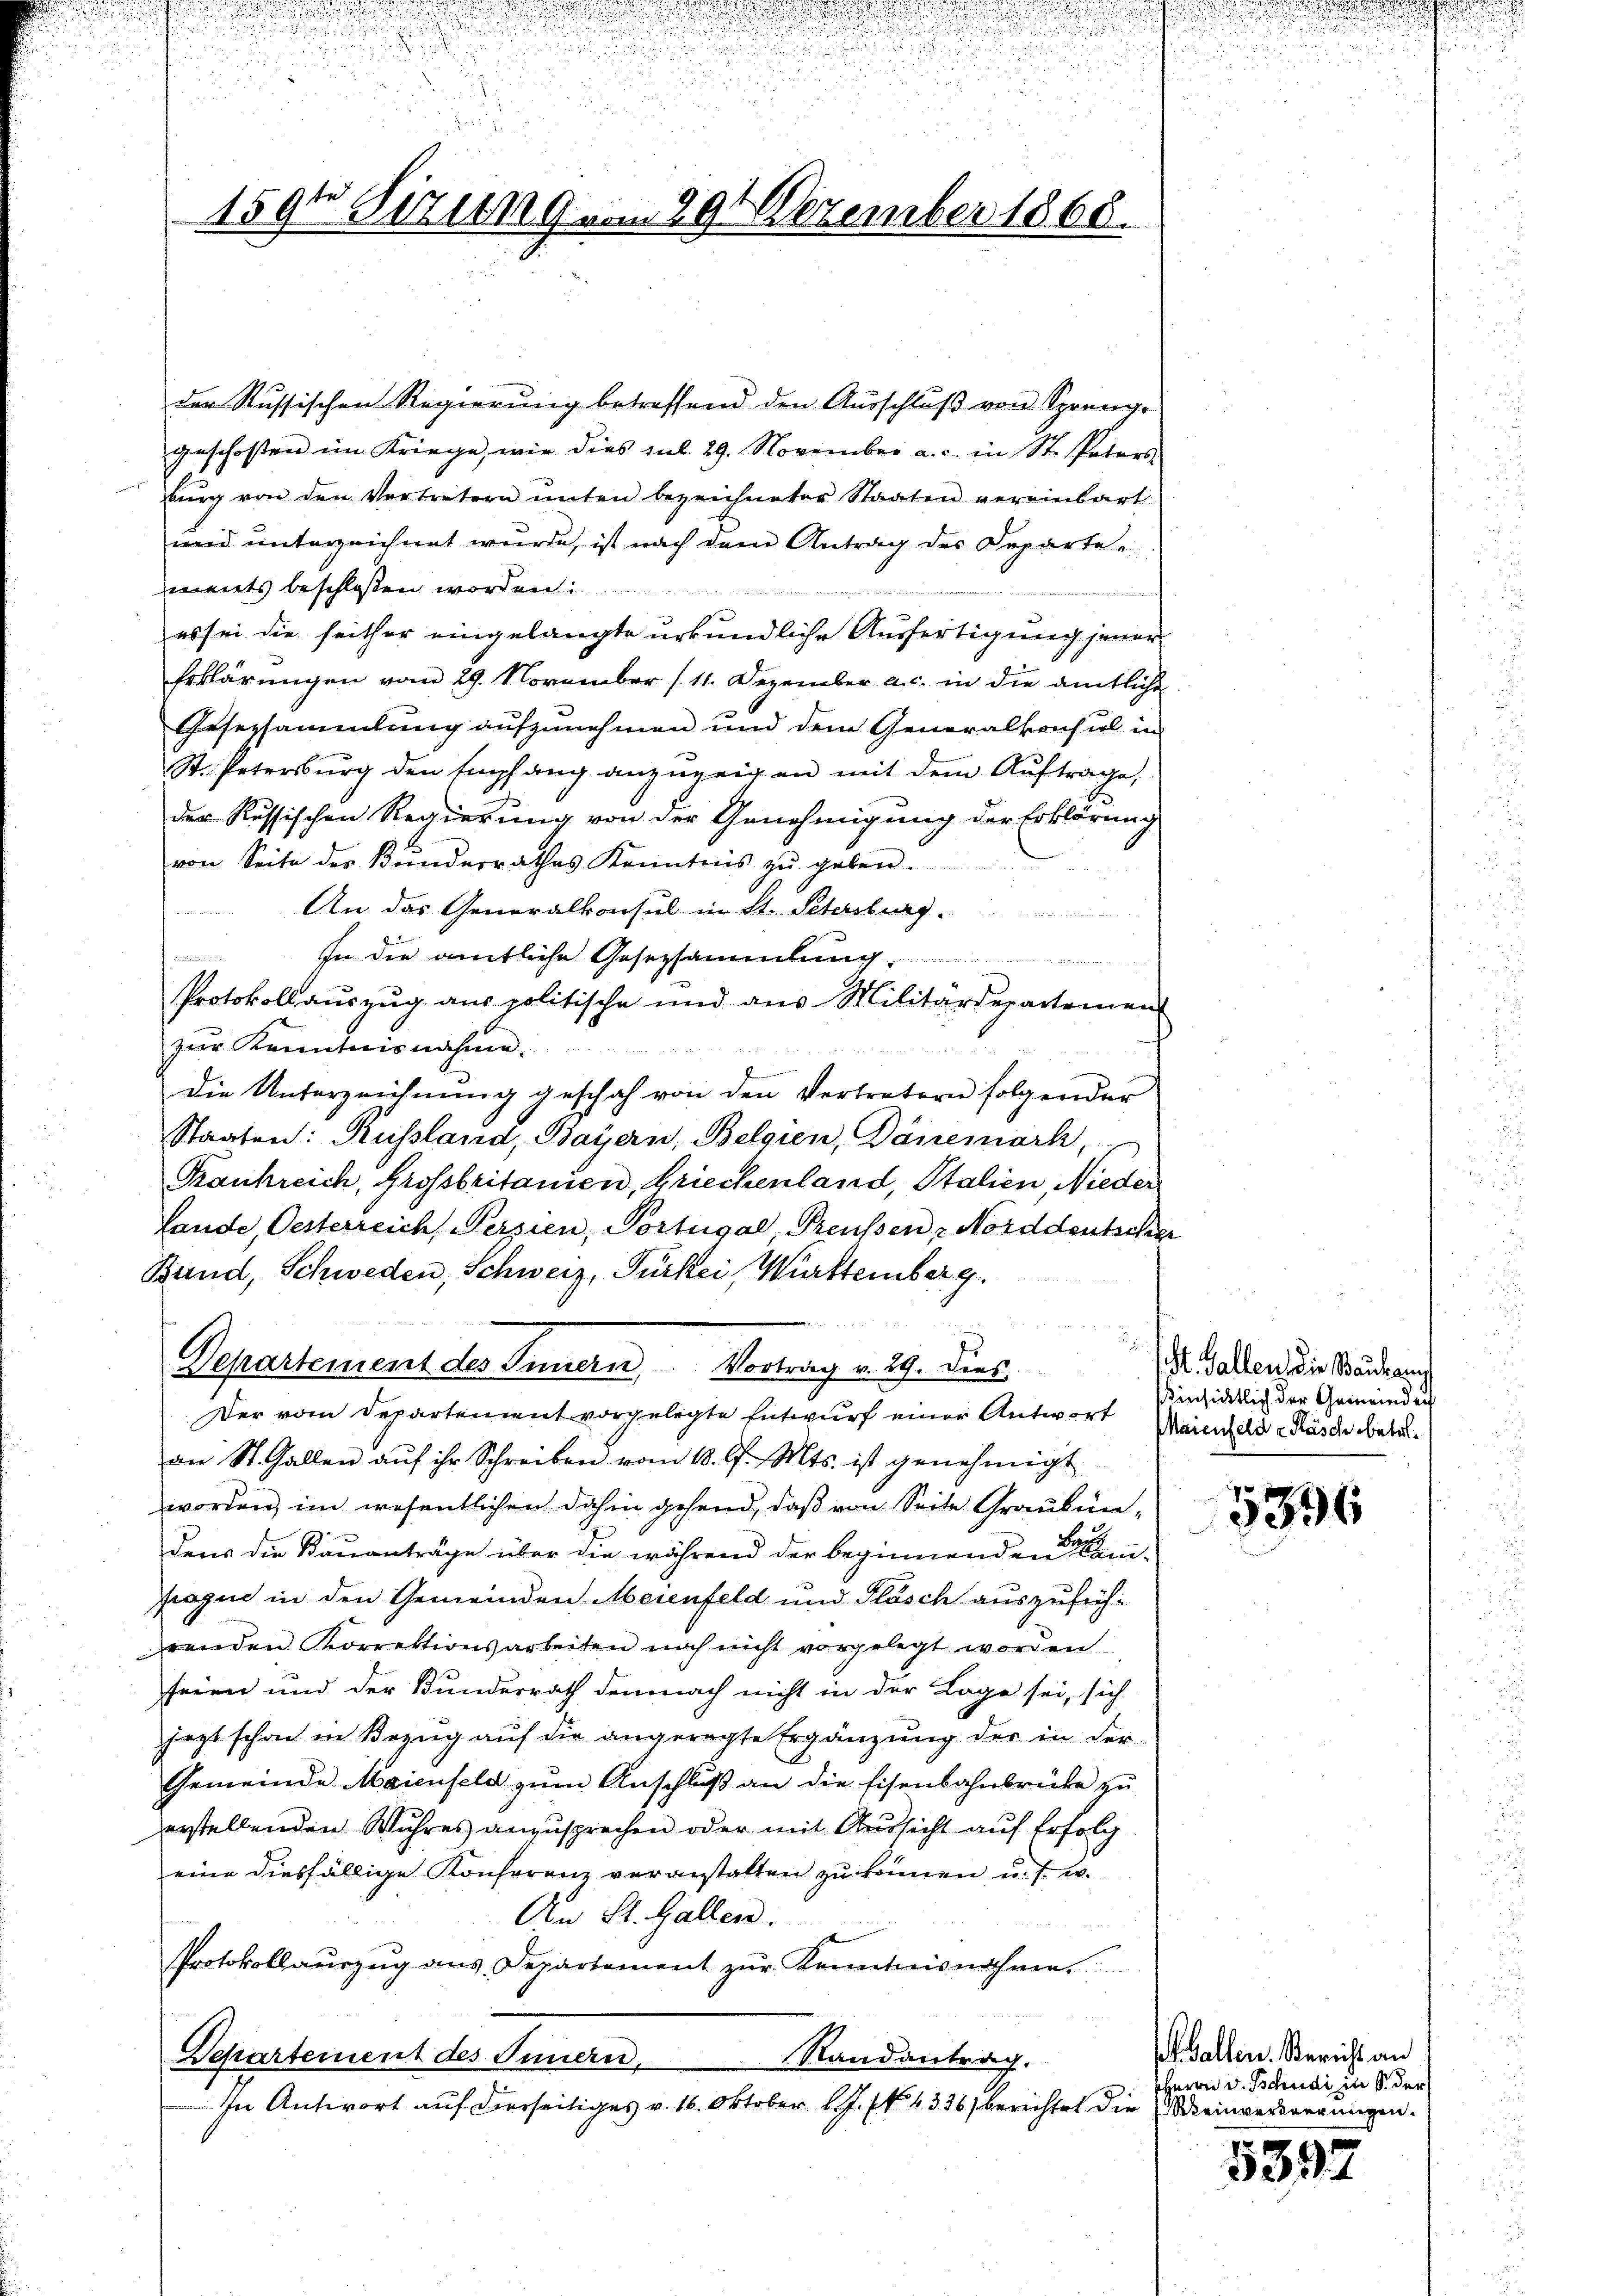
159te Sitzung vom 29. Dezember 1865.

der Russischen Regierung betreffend den Ausschluß von Sprenge
geschossen im Kriege, wie dies sub. 29. November a. c. in St. Paters
bŭrg von den Vertretern unten bezeichneter Staaten vereinbart
und unterzeichnet wurde, ist nach dem Antrag des Departements beschlossen worden:
drung der
es sei die seither eingelangte urkundliche Ausfertigung jener
Erklärungen vom 29. November (11. Dezember a. c. in die amtliche
Gesezsammlung aufzunehmen und dem Generalkonsul in
St. Petersburg den Empfang anzuzeigen mit dem Aŭftrage,
der Russischen Regierung von der Genehmigung der Erklärung
von Seite des Bundesrathes Kenntnis zŭ geben.
An das Generalkonsul in St. Petersburg.
In die amtliche Gesezsammlung
Protokoll auszug aus politische und aus Militärdepartemen
zur Kenntnisnahme.
n
Die Unterzeichnŭng geschah von den Vertretern folgender
Staaten: Russland, Bayern, Belgien, Dänemark,
Frankreich, Grossbritamen, Griechenland, Italien, Nieder
Lande, Oesterreich, Persien, Portugal Preussen Norddeutscher
Bund, Schweden, Schweiz, Fürkei Württemberg.
¬
Departement des Innern, Vortrag v. 29. Dies
Der vom Departement vorgelegte Entwurf einer Antwort
an St. Gallen aŭf ihr Schreiben vom 18. d. Mts. ist genehmigt
worden, im wesentlichen dahin gehend, daß von Seite Grauben,
dens die Kauanträge über die während der beginnenden an-
praque in den Gemeinden Meienfeld und Flasch auszuführenden Korrektionsarbeiten noch nicht vorgelegt worden.
seien und der Bundesrath demnach nicht in der Lage sei, sich
jezt schon in Bezug auf die angeregte Ergänzung der in der
Gemeinde Maienfeld zum Anschluß an die Eisenbahnbrücke zu
erstellenden Wuhres anzusprechen oder mit Aussicht auf Erfolg
eine diesfällige Konferenz veranstalten zu können u. sin
An St. Gallen.
Protokollaŭszŭg aŭs, Departement zŭr Kenntnisnahme.
Departement des Innern,
Randantrag.
In Antwort auf dierseitiges v. 16. Oktober l. J. f. 4336) berichtet die einversorgungen.

St. Gallen, die Bauhau
hinsichtlich der Gemeinden
Maienfelde Masch betr.

5836

alten. Bericht an
Herrn v. Tschudi in S. der

5397